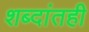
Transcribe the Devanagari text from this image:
शब्दांतही